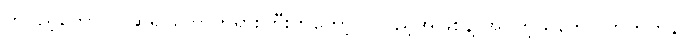
တပည့်တော်။ ။ ဆရာတော်ဘုရားကြီးကတော့ တပည့်အဖြစ်နဲ့ အပ်တဲ့သဘော ဟုတ်ဟန်